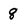
Character: 8